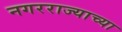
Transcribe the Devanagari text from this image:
नगरराज्याच्या